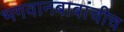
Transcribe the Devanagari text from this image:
भगवानबाबांचीच